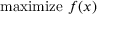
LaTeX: { \mathrm { m a x i m i z e } } \ f ( x )